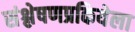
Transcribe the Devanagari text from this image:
संश्लेषणप्रकियेला